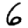
Digit: 6